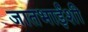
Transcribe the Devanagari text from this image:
जातभाईंशी